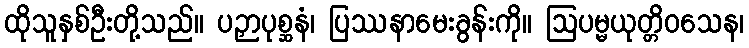
ထိုသူနှစ်ဦးတို့သည်။ ပဉှာပုစ္ဆနံ၊ ပြဿနာမေးခွန်းကို။ ဩပမ္မယုတ္တိဝသေန၊